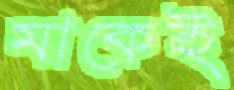
মাকেই